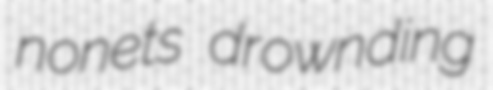
nonets drownding